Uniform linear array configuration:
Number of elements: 32
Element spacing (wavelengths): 1
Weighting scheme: uniform
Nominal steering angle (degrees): -60
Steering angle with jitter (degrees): -60.667
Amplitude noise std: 0.05
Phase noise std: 0.05

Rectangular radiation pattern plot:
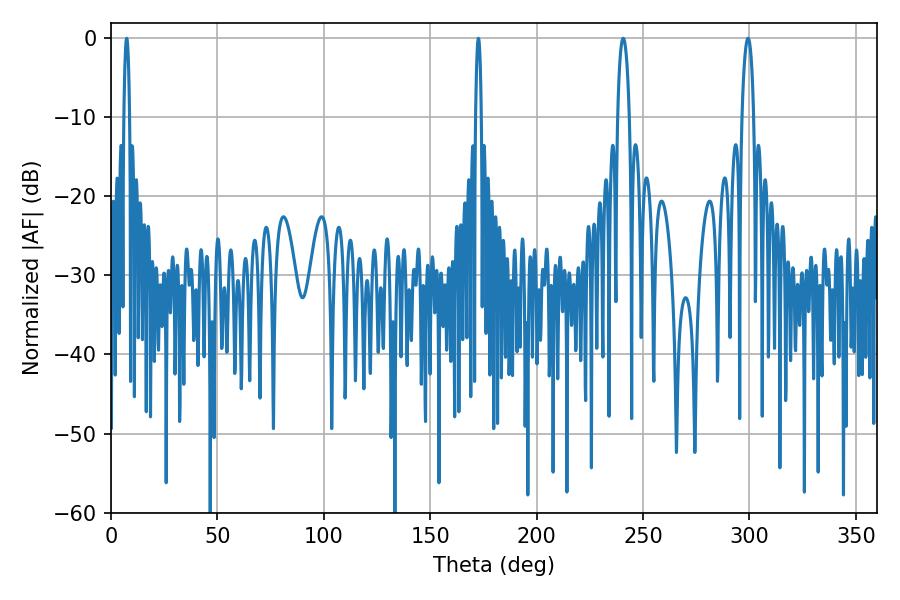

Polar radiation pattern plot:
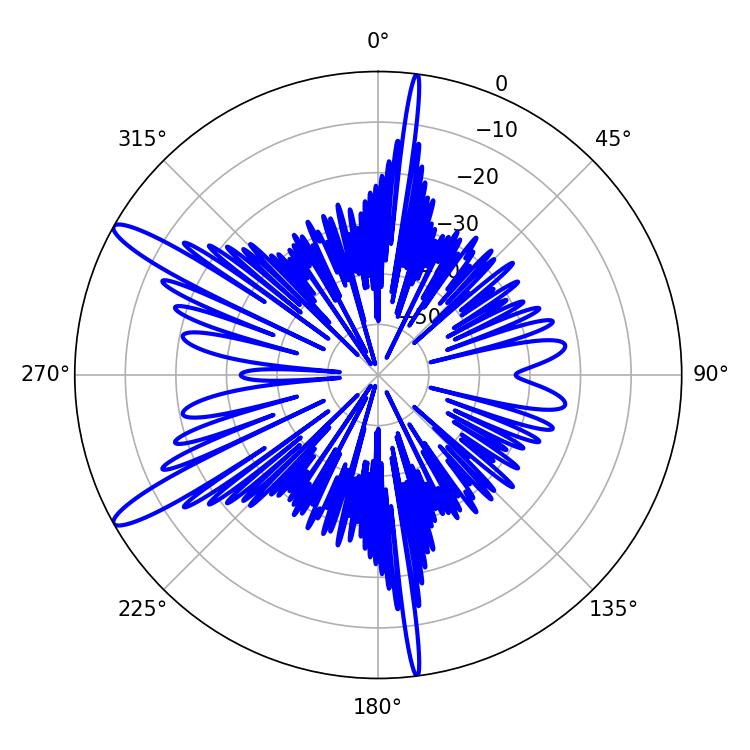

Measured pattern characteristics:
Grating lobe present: TRUE
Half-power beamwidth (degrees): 3.06
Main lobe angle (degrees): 240.66